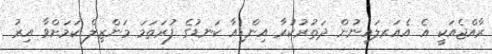
ރާއްޖެއަކީ އެ އެއަރލައިނުން ދަތުރުކުރާ އިންޑިއާ ކަނޑުގެ ފުރަތަމަ މަންޒިލް ކަމަށްވާ އިރު